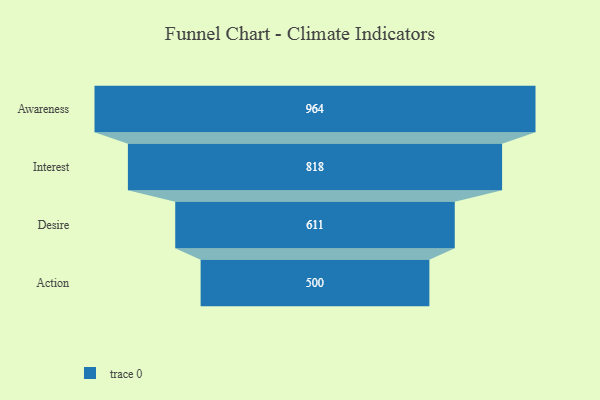
{"axis": {"x": "Stage", "y": "Value"}, "legend": [""], "data": [{"x": "Awareness", "y": 964.0, "type": ""}, {"x": "Interest", "y": 818.0, "type": ""}, {"x": "Desire", "y": 611.0, "type": ""}, {"x": "Action", "y": 500, "type": ""}]}